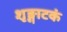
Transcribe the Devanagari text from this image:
शृङ्गाटकं